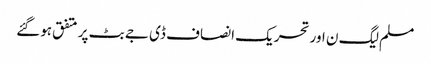
مسلم لیگ ن اور تحریک انصاف ڈی جے بٹ پر متفق ہوگئے